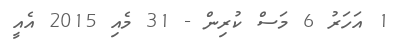
1 އަހަރު 6 މަސް ކުރިން - 31 މެއި 2015 އެއީ